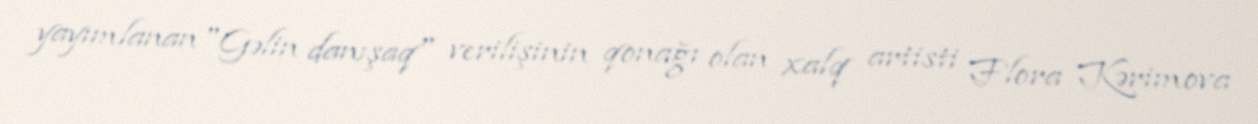
yayımlanan "Gəlin danışaq" verilişinin qonağı olan xalq artisti Flora Kərimova